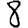
Digit: 8